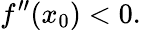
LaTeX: f^{\prime\prime}(x_{0})<0.